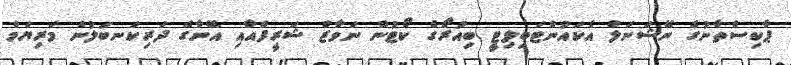
ޕާކިސްތާނުގެ ނޭޝަނަލް އެކައުންޓަބިލިޓީ ބިއުރޯގެ ކޯޓުން ނަވާޒް ޝަރީފްއާއި އޭނާގެ ދަރިކަނބަލުން މަރިޔަމް